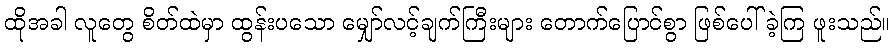
ထိုအခါ လူတွေ စိတ်ထဲမှာ ထွန်းပသော မျှော်လင့်ချက်ကြီးများ တောက်ပြောင်စွာ ဖြစ်ပေါ်ခဲ့ကြ ဖူးသည်။